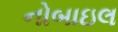
નોબાઇલ